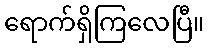
ရောက်ရှိကြလေပြီ။